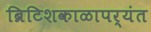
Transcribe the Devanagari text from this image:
ब्रिटिशकाळापर्यंत